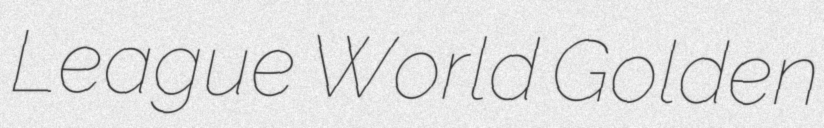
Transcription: League World Golden